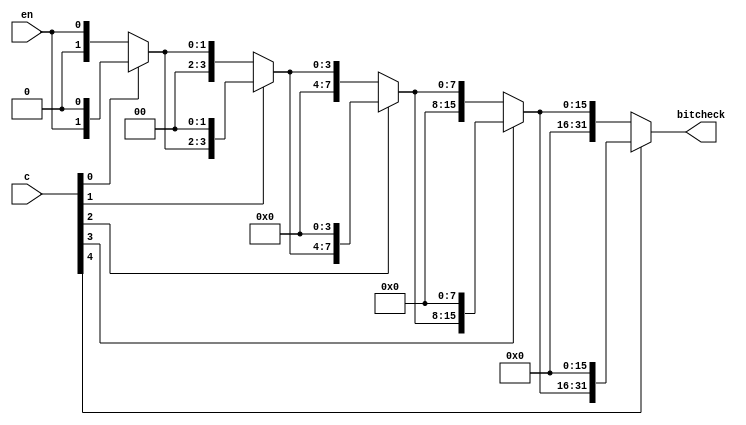
module bitCheck(input [4:0] c,
					 input en,
					 output [31:0] bitcheck);
	
	wire [31:0] temp0;
	assign temp0 = {31'b0,en};
	
	wire [31:0] temp1, temp2, temp3, temp4;
	
	assign temp1 = c[0] ? {temp0[30:0],1'b0} : temp0;
	assign temp2 = c[1] ? {temp1[29:0],2'b0} : temp1;
	assign temp3 = c[2] ? {temp2[27:0],4'b0} : temp2;
	assign temp4 = c[3] ? {temp3[23:0],8'b0} : temp3;
	assign bitcheck = c[4] ? {temp4[15:0],16'b0} : temp4;
	
endmodule